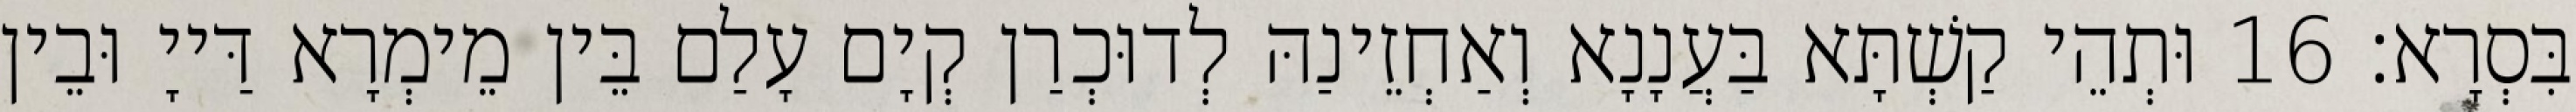
בִּסְרָא׃ 16 וּתְהֵי קַשְׁתָּא בַּעֲנָנָא וְאַחְזֵינַהּ לְדוּכְרַן קְיָם עָלַם בֵּין מֵימְרָא דַּייָ וּבֵין